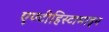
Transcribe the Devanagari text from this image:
एण्टीहिस्टामाइन